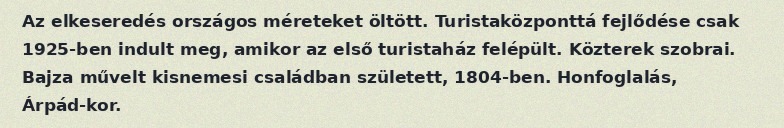
Az elkeseredés országos méreteket öltött. Turistaközponttá fejlődése csak 1925-ben indult meg, amikor az első turistaház felépült. Közterek szobrai. Bajza művelt kisnemesi családban született, 1804-ben. Honfoglalás, Árpád-kor.